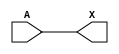
/*
 * Copyright 2020 The SkyWater PDK Authors
 *
 * Licensed under the Apache License, Version 2.0 (the "License");
 * you may not use this file except in compliance with the License.
 * You may obtain a copy of the License at
 *
 *     https://www.apache.org/licenses/LICENSE-2.0
 *
 * Unless required by applicable law or agreed to in writing, software
 * distributed under the License is distributed on an "AS IS" BASIS,
 * WITHOUT WARRANTIES OR CONDITIONS OF ANY KIND, either express or implied.
 * See the License for the specific language governing permissions and
 * limitations under the License.
 *
 * SPDX-License-Identifier: Apache-2.0
*/


`ifndef SKY130_FD_SC_LP__DLYMETAL6S2S_BEHAVIORAL_V
`define SKY130_FD_SC_LP__DLYMETAL6S2S_BEHAVIORAL_V

/**
 * dlymetal6s2s: 6-inverter delay with output from 2nd stage on
 *               horizontal route.
 *
 * Verilog simulation functional model.
 */

`timescale 1ns / 1ps
`default_nettype none

`celldefine
module sky130_fd_sc_lp__dlymetal6s2s (
    X,
    A
);

    // Module ports
    output X;
    input  A;

    // Module supplies
    supply1 VPWR;
    supply0 VGND;
    supply1 VPB ;
    supply0 VNB ;

    // Local signals
    wire buf0_out_X;

    //  Name  Output      Other arguments
    buf buf0 (buf0_out_X, A              );
    buf buf1 (X         , buf0_out_X     );

endmodule
`endcelldefine

`default_nettype wire
`endif  // SKY130_FD_SC_LP__DLYMETAL6S2S_BEHAVIORAL_V